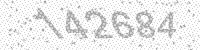
Solution: 142684